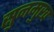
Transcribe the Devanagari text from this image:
सुनमुख